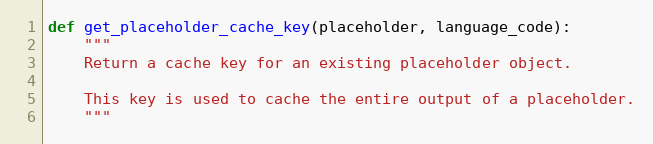
Language: Python
def get_placeholder_cache_key(placeholder, language_code):
    """
    Return a cache key for an existing placeholder object.

    This key is used to cache the entire output of a placeholder.
    """